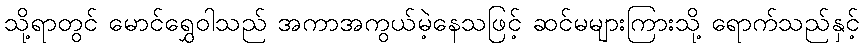
သို့ရာတွင် မောင်ရွှေဝါသည် အကာအကွယ်မဲ့နေသဖြင့် ဆင်မများကြားသို့ ရောက်သည်နှင့်